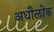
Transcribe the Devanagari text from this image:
अधौलोक